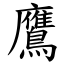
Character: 鷹